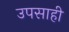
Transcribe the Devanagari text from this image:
उपसाही